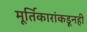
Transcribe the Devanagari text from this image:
मूर्तिकारांकडूनही